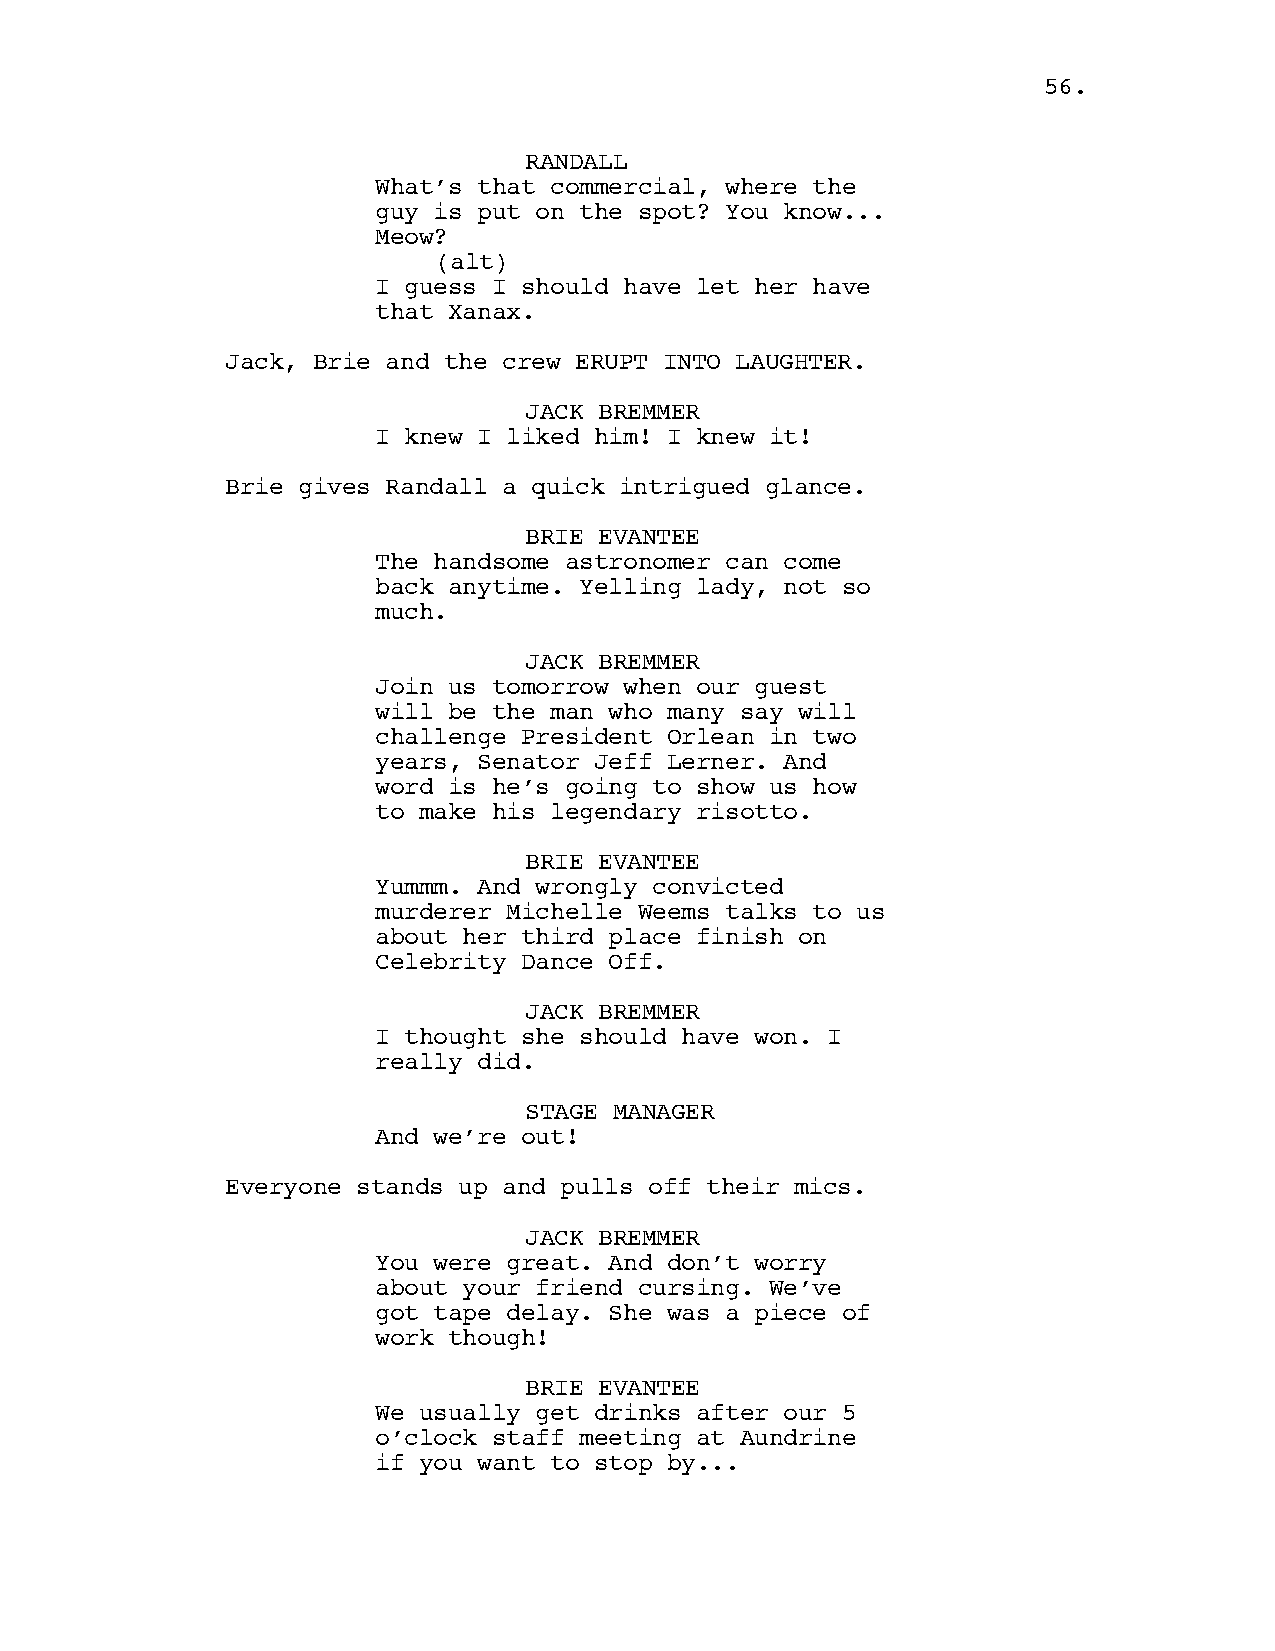
5566..
 RANDALL
 What’s that commercial, where the
 guy is put on the spot? You know...
 Meow?
 (alt)
 I guess I should have let her have
 that Xanax.
 Jack, Brie and the crew ERUPT INTO LAUGHTER.
 JACK BREMMER
 I knew I liked him! I knew it!
 Brie gives Randall a quick intrigued glance.
 BRIE EVANTEE
 The handsome astronomer can come
 back anytime. Yelling lady, not so
 much.
 JACK BREMMER
 Join us tomorrow when our guest
 will be the man who many say will
 challenge President Orlean in two
 years, Senator Jeff Lerner. And
 word is he’s going to show us how
 to make his legendary risotto.
 BRIE EVANTEE
 Yummm. And wrongly convicted
 murderer Michelle Weems talks to us
 about her third place finish on
 Celebrity Dance Off.
 JACK BREMMER
 I thought she should have won. I
 really did.
 STAGE MANAGER
 And we’re out!
 Everyone stands up and pulls off their mics.
 JACK BREMMER
 You were great. And don’t worry
 about your friend cursing. We’ve
 got tape delay. She was a piece of
 work though!
 BRIE EVANTEE
 We usually get drinks after our 5
 o’clock staff meeting at Aundrine
 if you want to stop by...